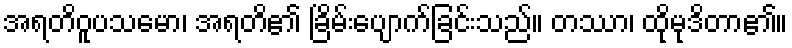
အရတိဝူပသမော၊ အရတိ၏ ခြိမ်းပျောက်ခြင်းသည်။ တဿာ၊ ထိုမုဒိတာ၏။